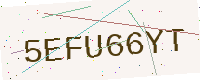
Text: 5EFU66YT